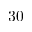
3 0